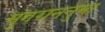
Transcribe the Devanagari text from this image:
मुंगराननुमा